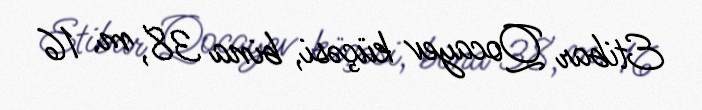
Etibar Qocayev küçəsi, bina 38, m. 16